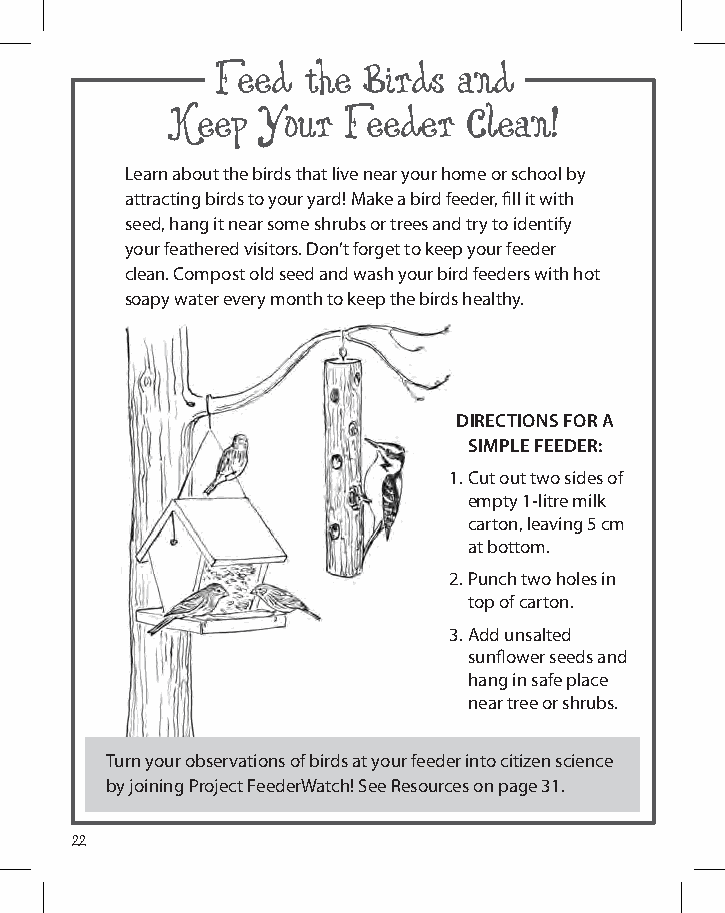
Feed  the Birds and
 Keep  Your  Feeder  Clean!
 Learn about the birds that live near your home or school by
 attracting birds to your yard! make a bird feeder, fill it with
 seed, hang it near some shrubs or trees and try to identify
 your feathered visitors. Don’t forget to keep your feeder
 clean. Compost old seed and wash your bird feeders with hot
 soapy water every month to keep the birds healthy.
 directions for a
 simple feeder:
 1. Cut out two sides of
 empty 1-litre milk
 carton, leaving 5 cm
 at bottom.
 2. punch two holes in
 top of carton.
 3. add unsalted
 sunflower seeds and
 hang in safe place
 near tree or shrubs.
 turn your observations of birds at your feeder into citizen science
 by joining project FeederWatch! See resources on page 31.
 22